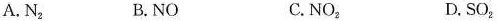
A.N_{2} B.NO C.NO_{2} D.SO_{2}